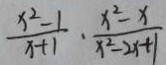
\frac { x ^ { 2 } - 1 } { x + 1 } \cdot \frac { x ^ { 2 } - x } { x ^ { 2 } - 2 x + 1 }